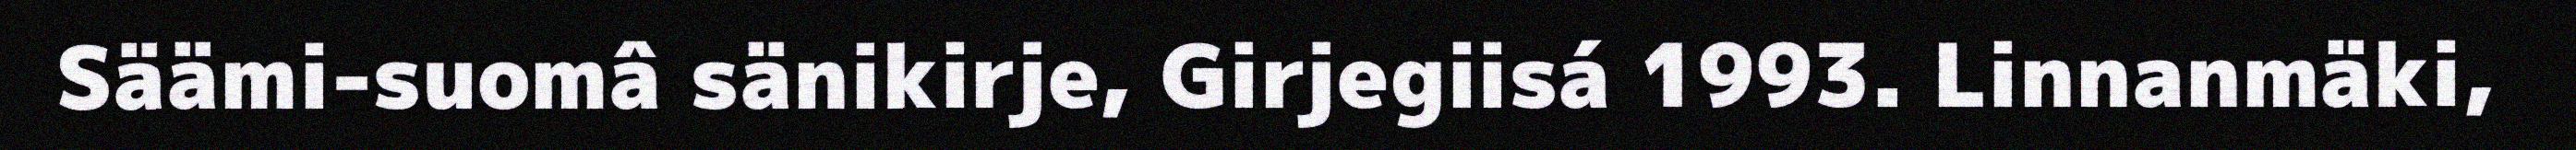
Säämi-suomâ sänikirje, Girjegiisá 1993. Linnanmäki,